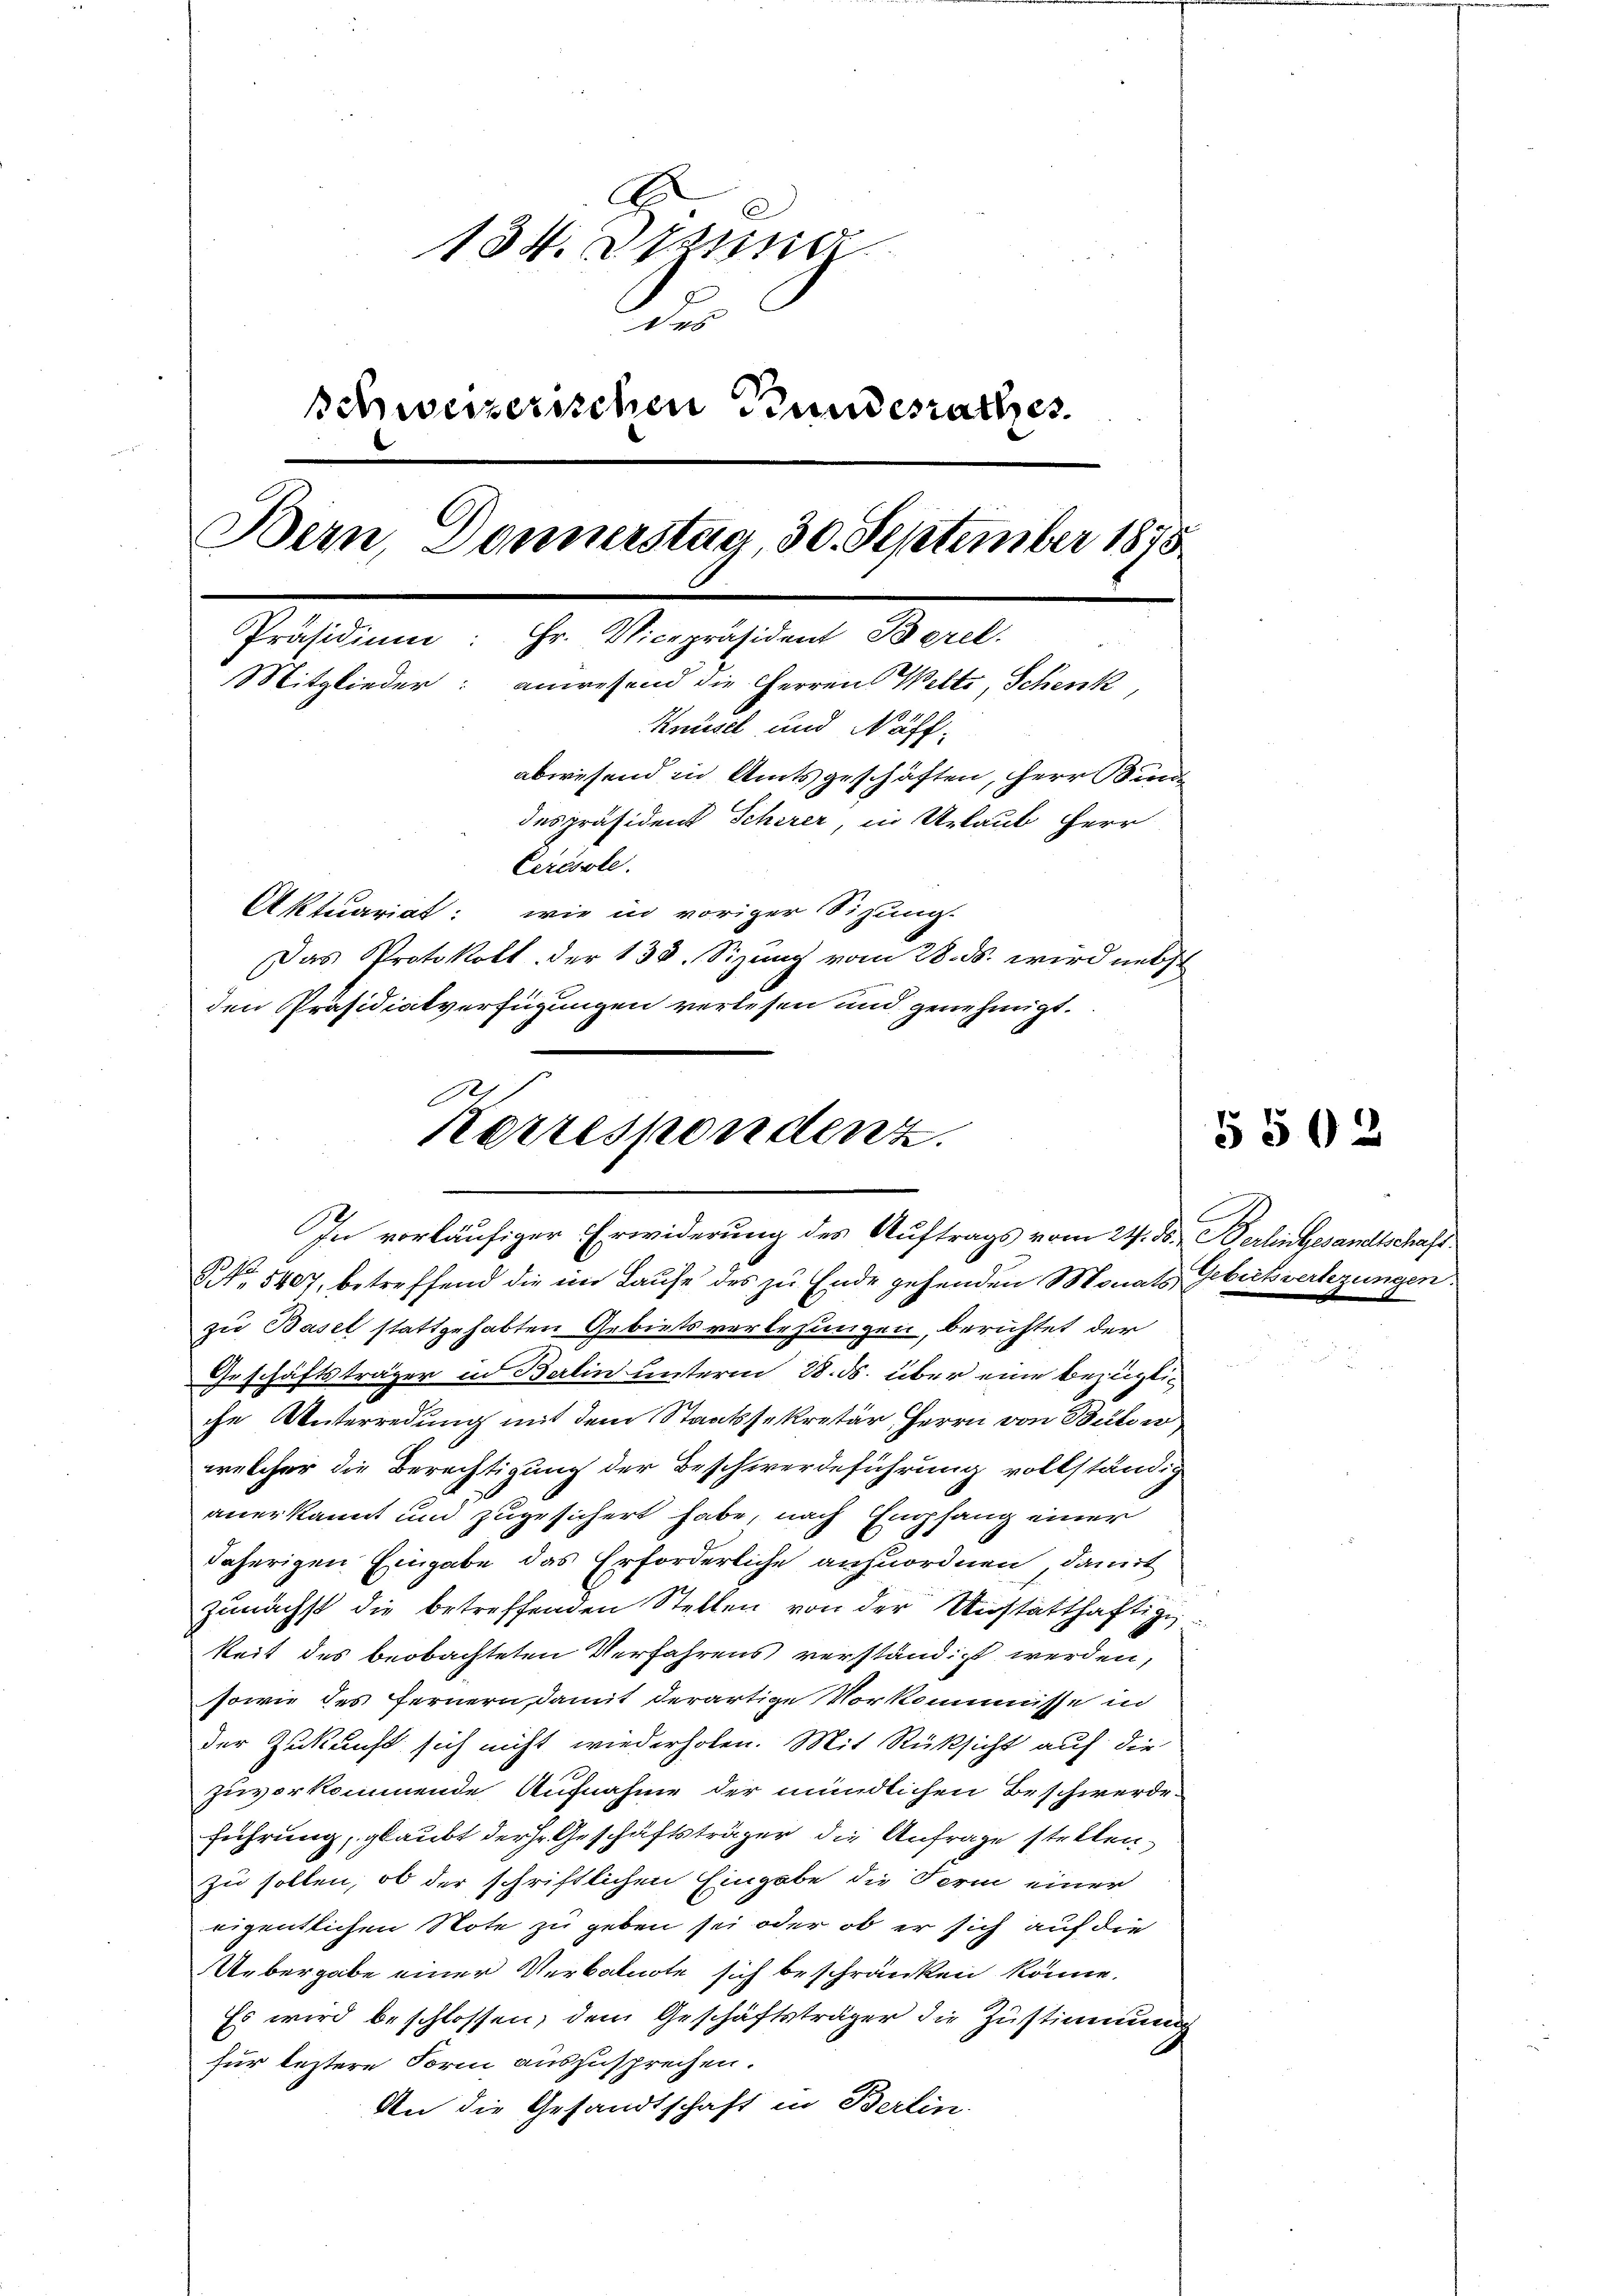
.
134. Denna
e
schweizerischen Bundesrathes
Bern, Donnerstag, 30. September 1875
Präsidium: Hr. Vicepräsident Berel.
Mitglieder: anwesend die Herren Welti, Schenk,
Knüsel und Näff-
abwesend in Amtsgeschäften, Herr Kinde
despräsident Scherer, in Urlaub Herr
Ceresste.
Aktuariat: wie in voriger Sitzung.
Das Protokoll der 138. Sizung vom 28. ds. wird nebst
den Präsidialverfügungen verlesen und genehmigt.

Korrespondenz.
In vorläufiger Erwiderung des Auftrags vom 24. ds. Derlingesandtschaft

N 5407, betreffend die im Laufe des zu Ende gehenden Monats Gebutsverlegungen
zu Basel stattgehabten Gebiets verlesungen, berichtet der
Geschäftsträger in Berlin unterm 28. ds. über eine bezüglic
che Unterredung mit dem Staatssekretär Herrn von Bülow
welcher die Berechtigung der Beschwerdeführung vollständig
anerkannt und zugesichert habe, nach Empfang einer
daherigen Eingabe das Erforderliche anzuordnen, damit
zunächst die betreffenden Stellen von der Unstatthaftigkeit des beobachteten Verfahrens verständigt werden,
sowie des Fernern, damit derartige Vorkommisse in
der Zukunft sich nicht wiederholen. Mit Rüksicht auf die
zuvorkommende Aufnahme der mündlichen Beschwerde
führung, glaubt der Geschäftsträger die Anfrage stellen.
zu sollen, ob der schriftlichen Eingabe die Ferin einer
eigentlichen Note zu geben sei oder ob er sich auf die
Uebergabe einer Verbalnote sich beschränken könne.
Es wird beschlossen, dem Geschäftsträger die Zustimmung
für leztere Form auszusprechen.
An die Gesandtschaft in Berlin.

C

§ 502